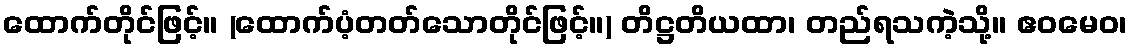
ထောက်တိုင်ဖြင့်။ (ထောက်ပံ့တတ်သောတိုင်ဖြင့်။) တိဋ္ဌတိယထာ၊ တည်ရသကဲ့သို့။ ဧဝမေဝ၊